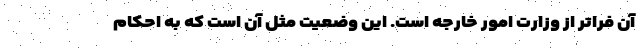
آن فراتر از وزارت امور خارجه است. این وضعیت مثل آن است که به احکام